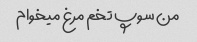
من سوپ تخم مرغ میخوام